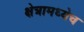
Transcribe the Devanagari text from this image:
क्षेत्रामध्येच